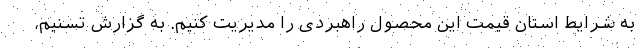
به شرایط استان قیمت این محصول راهبردی را مدیریت کنیم. به گزارش تسنیم،